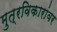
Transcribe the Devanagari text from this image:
मुत्रविकारांवर